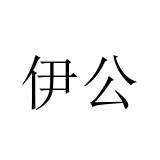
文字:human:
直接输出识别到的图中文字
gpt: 伊公